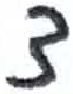
אות: צ